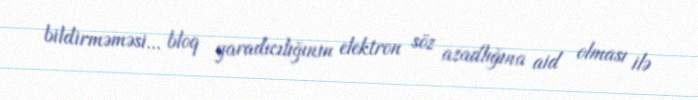
bildirməməsi... bloq yaradıcılığının elektron söz azadlığına aid olması ilə